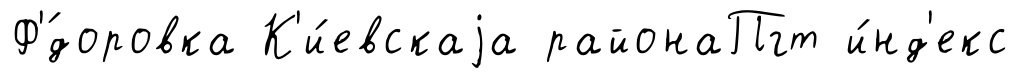
Ф'́доровка К'и́евскаjа районаПгт и́нд'екс